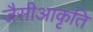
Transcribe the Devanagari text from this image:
जैसीआकृति